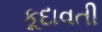
કૂદાવતી